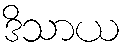
ဒိသာယ